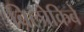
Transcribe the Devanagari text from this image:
बिलोकिबे